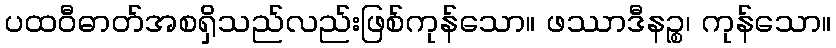
ပထဝီဓာတ်အစရှိသည်လည်းဖြစ်ကုန်သော။ ဖဿာဒီနဉ္စ၊ ကုန်သော။